Indian journal of veterinary science and animal husbandry - Volumes 22-23, 1952-1953
Year: 1952
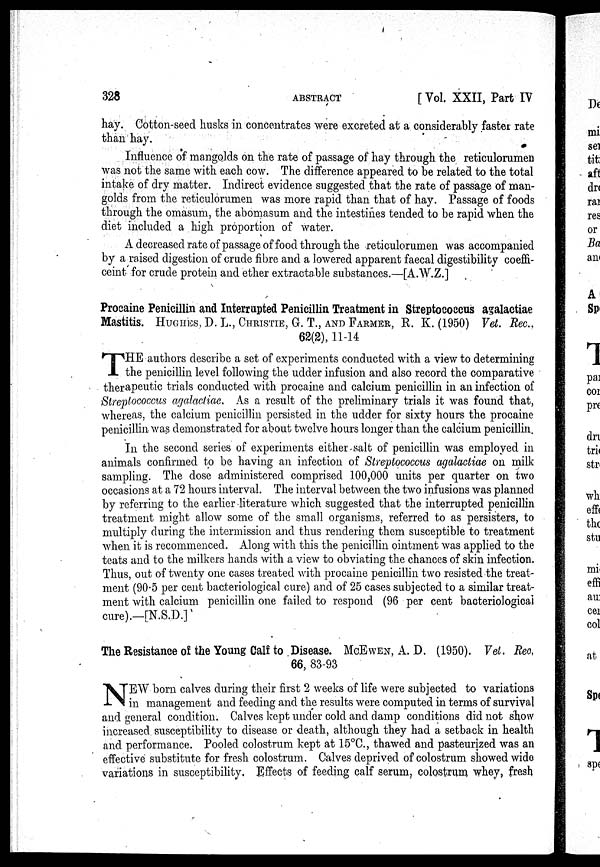
328
ABSTRACT
[ Vol. XXII, Part IV
hay. Cotton-seed husks in concentrates were excreted at a considerably faster rate
than hay.
Influence of mangolds on the rate of passage of hay through the reticulorumen
was not the same with each cow. The difference appeared to be related to the total
in take of dry matter. Indirect evidence suggested that the rate of passage of man-
golds from the reticulorumen was more rapid than that of hay. Passage of foods
through the omasum, the abomasum and the intestines tended to be rapid when the
diet included a high proportion of water.
A decreased rate of passage of food through the reticulorumen was accompanied
by a raised digestion of crude fibre and a lowered apparent faecal digestibility coeffi-
ceint for crude protein and ether extractable substances.—[A.W.Z.]
Procaine Penicillin and Interrupted Penicillin Treatment in Streptococcus agalactiae
Mastitis. HUGHES, D. L., CHRISTIE, G. T.,AND FARMER, R . K. (1950) Vet. Rec.
62(2), 11-14
T HE authors describe a set of experiments conducted with a view to determining
the penicillin level following the udder infusion and also record the comparative
therapeutic trials conducted with procaine and calcium penicillin in an infection of
Streptococcus agalactiae. As a result of the preliminary trials it was found that,
whereas, the calcium penicillin persisted in the udder for sixty hours the procaine
penicillin was demonstrated for about twelve hours longer than the calcium penicillin.
In the second series of experiments either salt of penicillin was employed in
animals confirmed to be having an infection of Streptococcus agalactiae on milk
sampling. The dose administered comprised 100,000 units per quarter on two
occasions at a 72 hours interval. The interval between the two infusions was planned
by referring to the earlier literature which suggested that the interrupted penicillin
treatment might allow some of the small organisms, referred to as persisters, to
multiply during the intermission and thus rendering them susceptible to treatment
when it is recommenced. Along with this the penicillin ointment was applied to the
teats and to the milkers hands with a view to obviating the chances of skin infection,
Thus, out of twenty one cases treated with procaine penicillin two resisted the treat-
ment (90.5 per cent bacteriological cure) and of 25 cases subjected to a similar treat-
ment with calcium penicillin one failed to respond (96 per cent bacteriological
cure).—[N.S.D.]
The Resistance of the Young Calf to Disease. McEWEN, A. D. (1950). Vet. Reo.
66, 83-93
N EW born calves during their first 2 weeks of life were subjected to variations
in management and feeding and the results were computed in terms of survival
and general condition. Calves kept under cold and damp conditions did not show
increased susceptibility to disease or death, although they had a setback in health
and performance. Pooled colostrum kept at 15°C., thawed and pasteurized was an
effective substitute for fresh colostrum. Calves deprived of colostrum showed wide
variations in susceptibility. Effects of feeding calf serum, colostrum whey, fresh